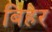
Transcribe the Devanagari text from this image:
बिहेर